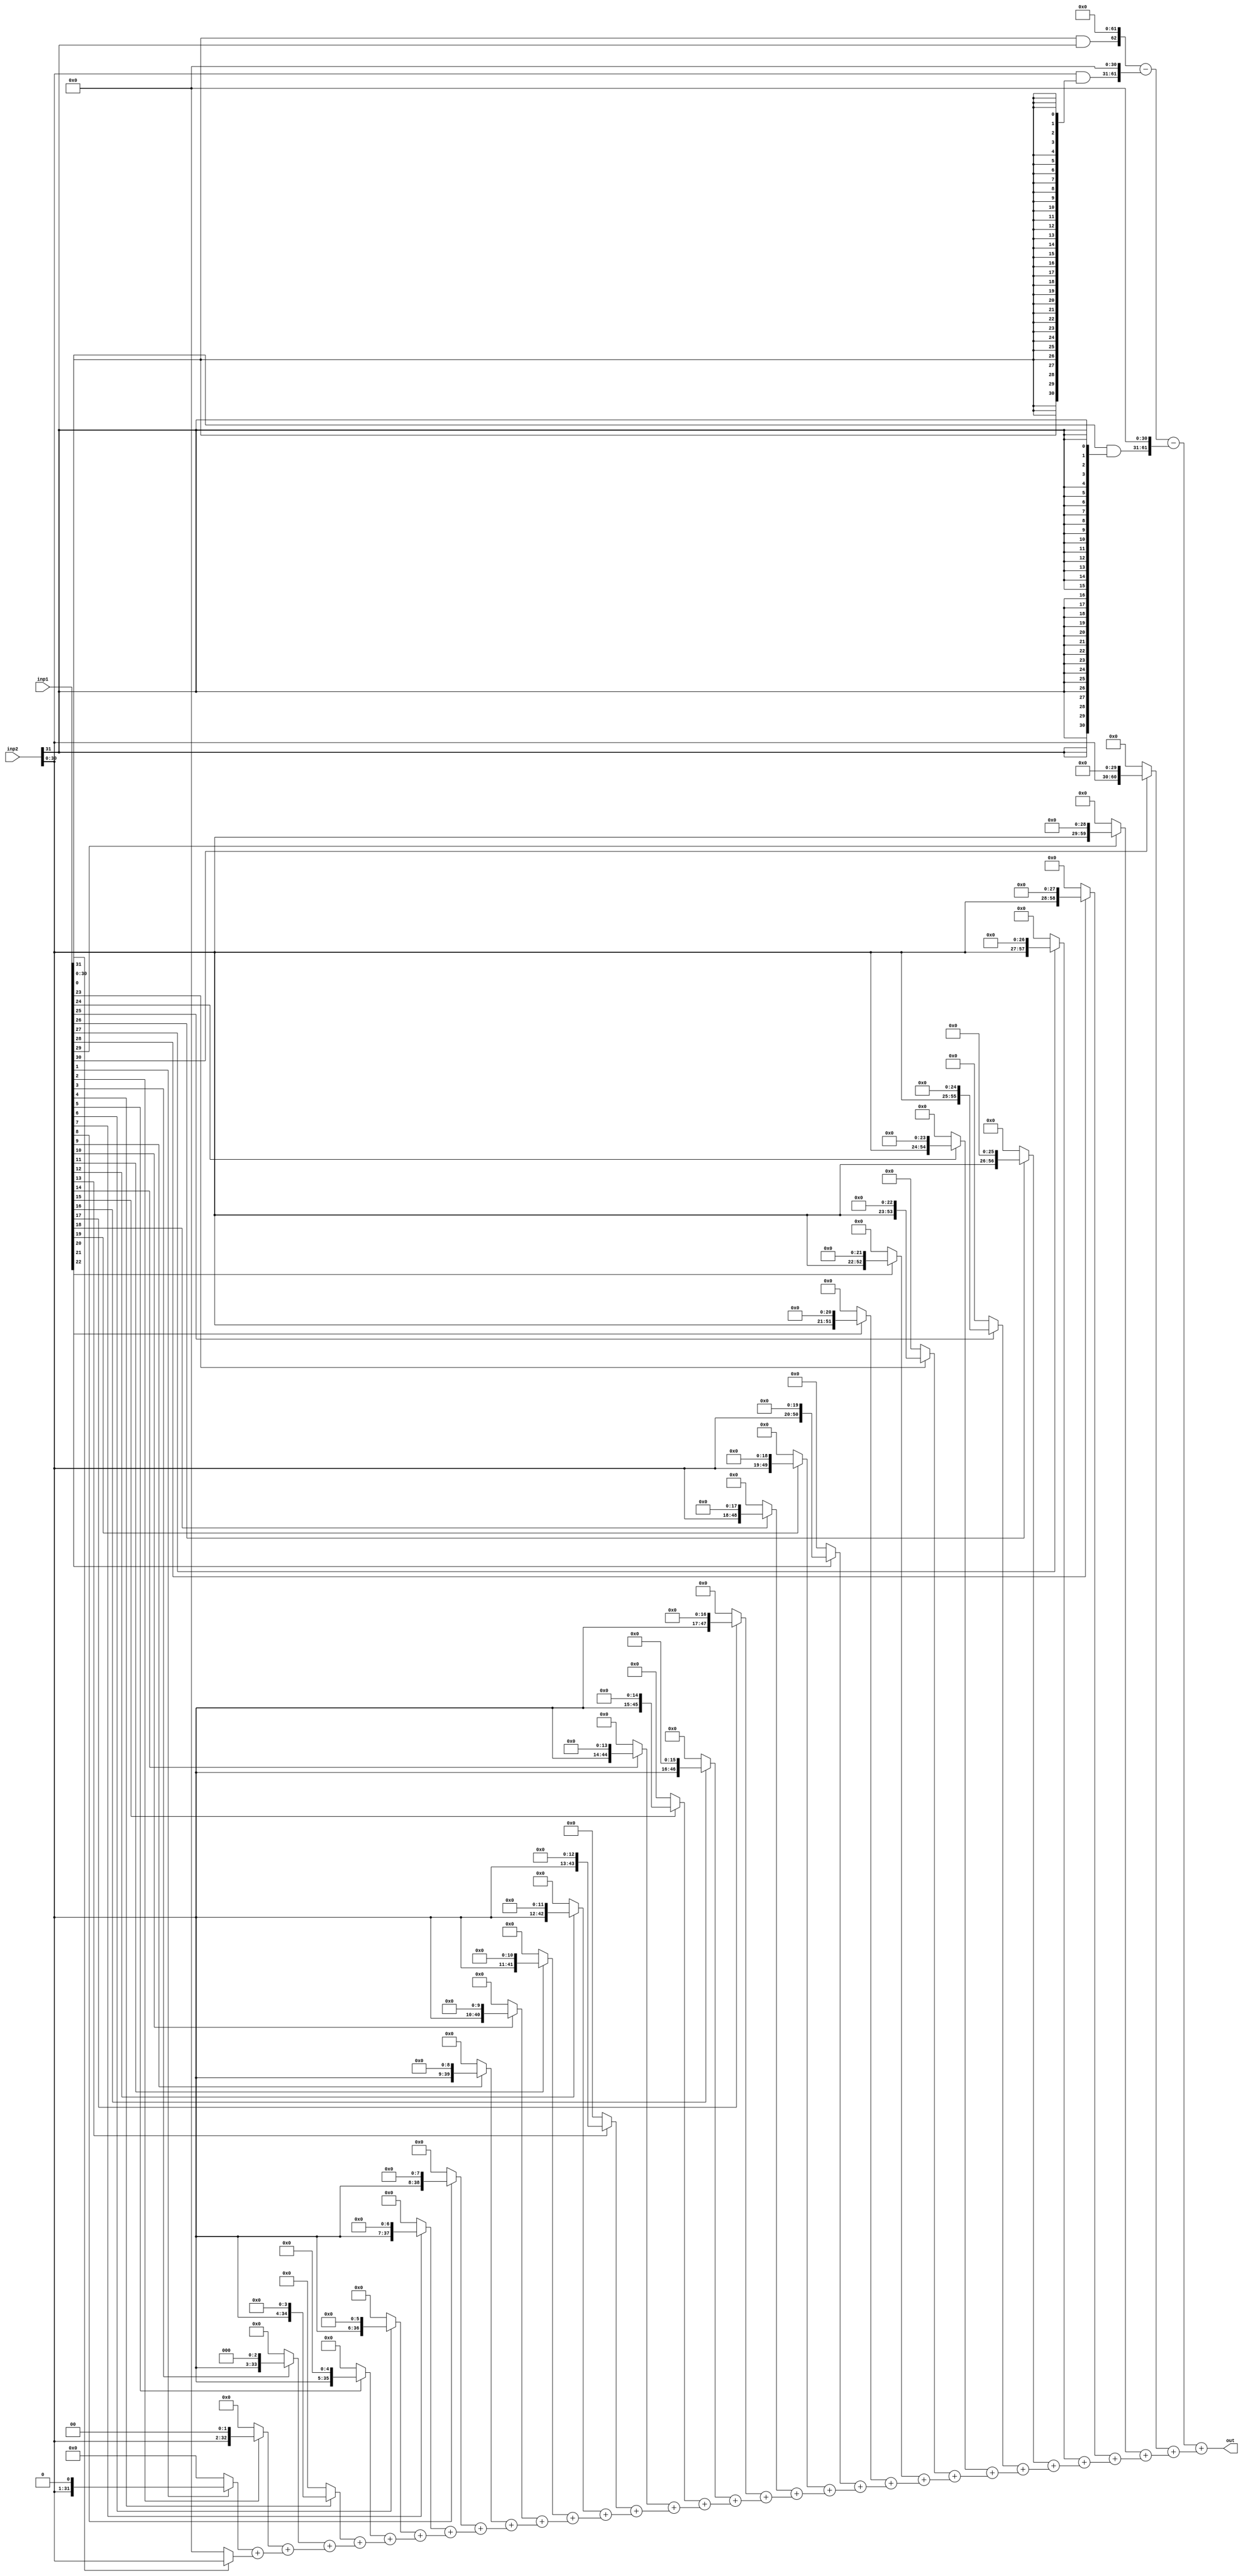
`timescale 1ns / 1ps
//////////////////////////////////////////////////////////////////////////////////
// Company: 
// Engineer: 
// 
// Design Name: 
// Module Name:    signedmultiplication
// Project Name: 
// Target Devices: 
// Tool versions: 
// Description: 
//
// Dependencies: 
//
// Revision: 
// Revision 0.01 - File Created
// Additional Comments: 
//
//////////////////////////////////////////////////////////////////////////////////
module signedmultiplication(
    input [31:0]inp1,
    input [31:0]inp2,
    output signed [63:0]out
	 /*output [63:0]P1,
output [63:0]P2,
output [63:0]P3,
output [61:0]P4*/
    );
wire [63:0]P1;
wire [63:0]P2;
wire [63:0]P3;
wire [63:0]P4;
wire [1921:0] p;  
wire [30:0]a;
wire [30:0]b;
assign a=inp1[30:0];
assign b=inp2[30:0];
assign  P1=(inp1[31]&inp2[31])<<62;
assign P2=(inp2[30:0]&{31{inp1[31]}})<<31;
assign P3=(inp1[30:0]&{31{inp2[31]}})<<31;
      //assign width as input bits multiplyied by 
 
 genvar i;        
 assign p[61:0] = a[0] ? b : 0;  //first output size bits          
  generate            
      for (i = 1; i < 31; i = i+1)       
         begin: test        
             assign p[(31*(4+(2*(i-1))))-1 : (31*2)*i] = (a[i]?b<<i :0) + p[(31*(4+(2* 
                (i-2))))-1 :(31*2)*(i-1)];       
         end     
   endgenerate          
  assign P4={2'b00,p[1921:1860]};    //taking last output size bits            
  assign out =P1-P2-P3+P4;
 



endmodule